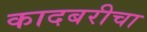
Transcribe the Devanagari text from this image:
कादबरीचा